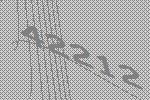
42212